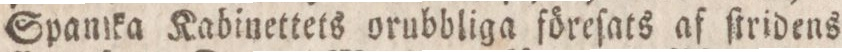
Spanika Kabinettets orubbliga föreſats af ſtridens